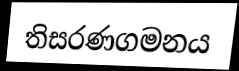
තිසරණගමනය